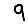
Digit: 9